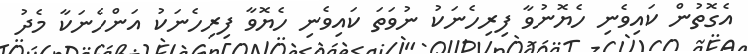
އެގޮތުން ކައިވެނި ހެޔޮނުވާ ފިރިހެނަކު ނުވަތަ ކައިވެނި ހެޔޮވާ ފިރިހެނަކު އަންހެނަކާ މެދު